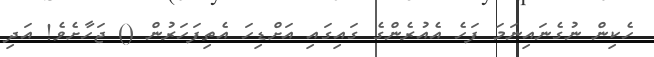
ހެކިން ނުގެނައިނަމަ ފަހެ އެއުރެންގެ ގައިގައި އަށްޑިހަ އެތިފަހަރުން () ޖަހާށެވެ! އަދި